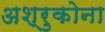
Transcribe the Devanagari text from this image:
अश्रुकोना